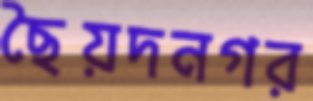
ছৈয়দনগর